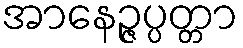
အာနေဉ္ဇပ္ပတ္တာ